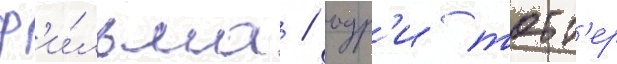
ф'и́льма / одр'и тотт'ер